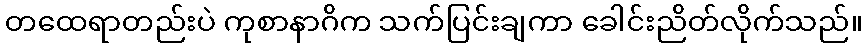
တထေရာတည်းပဲ ကုစာနာဂိက သက်ပြင်းချကာ ခေါင်းညိတ်လိုက်သည်။